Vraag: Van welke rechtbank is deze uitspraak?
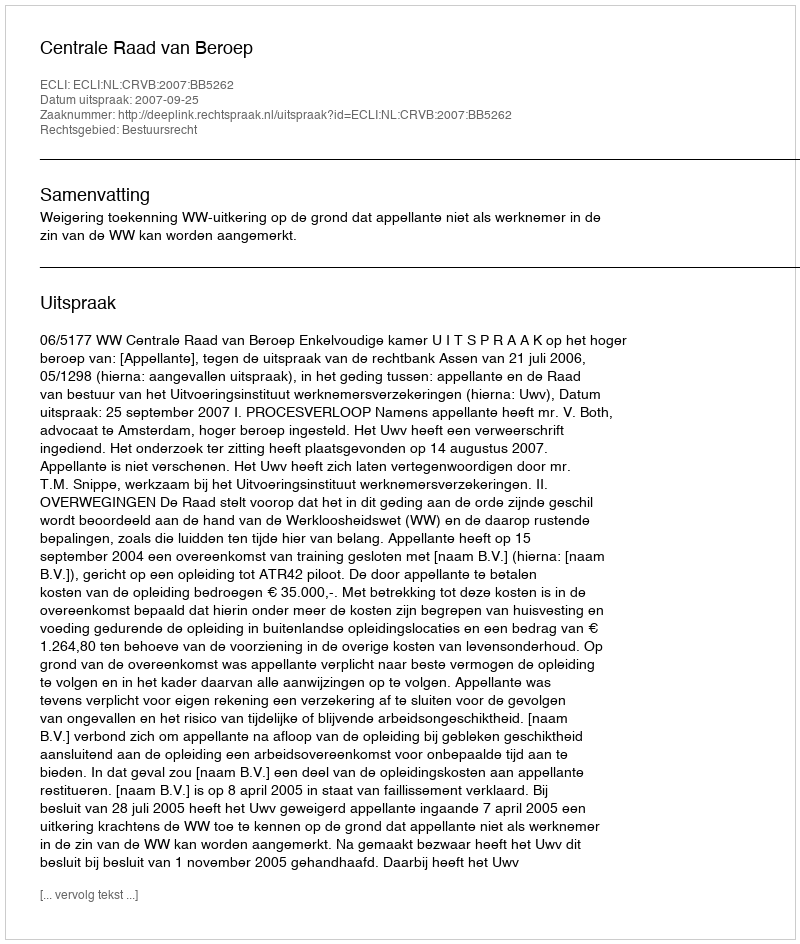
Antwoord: Centrale Raad van Beroep